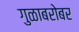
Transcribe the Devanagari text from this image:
गुळाबरोबर